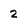
Character: 2